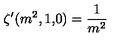
\zeta ^ { \prime } ( m ^ { 2 } , 1 { \bf , } 0 ) = \frac { 1 } { m ^ { 2 } }